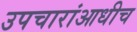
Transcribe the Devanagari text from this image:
उपचारांआधीच